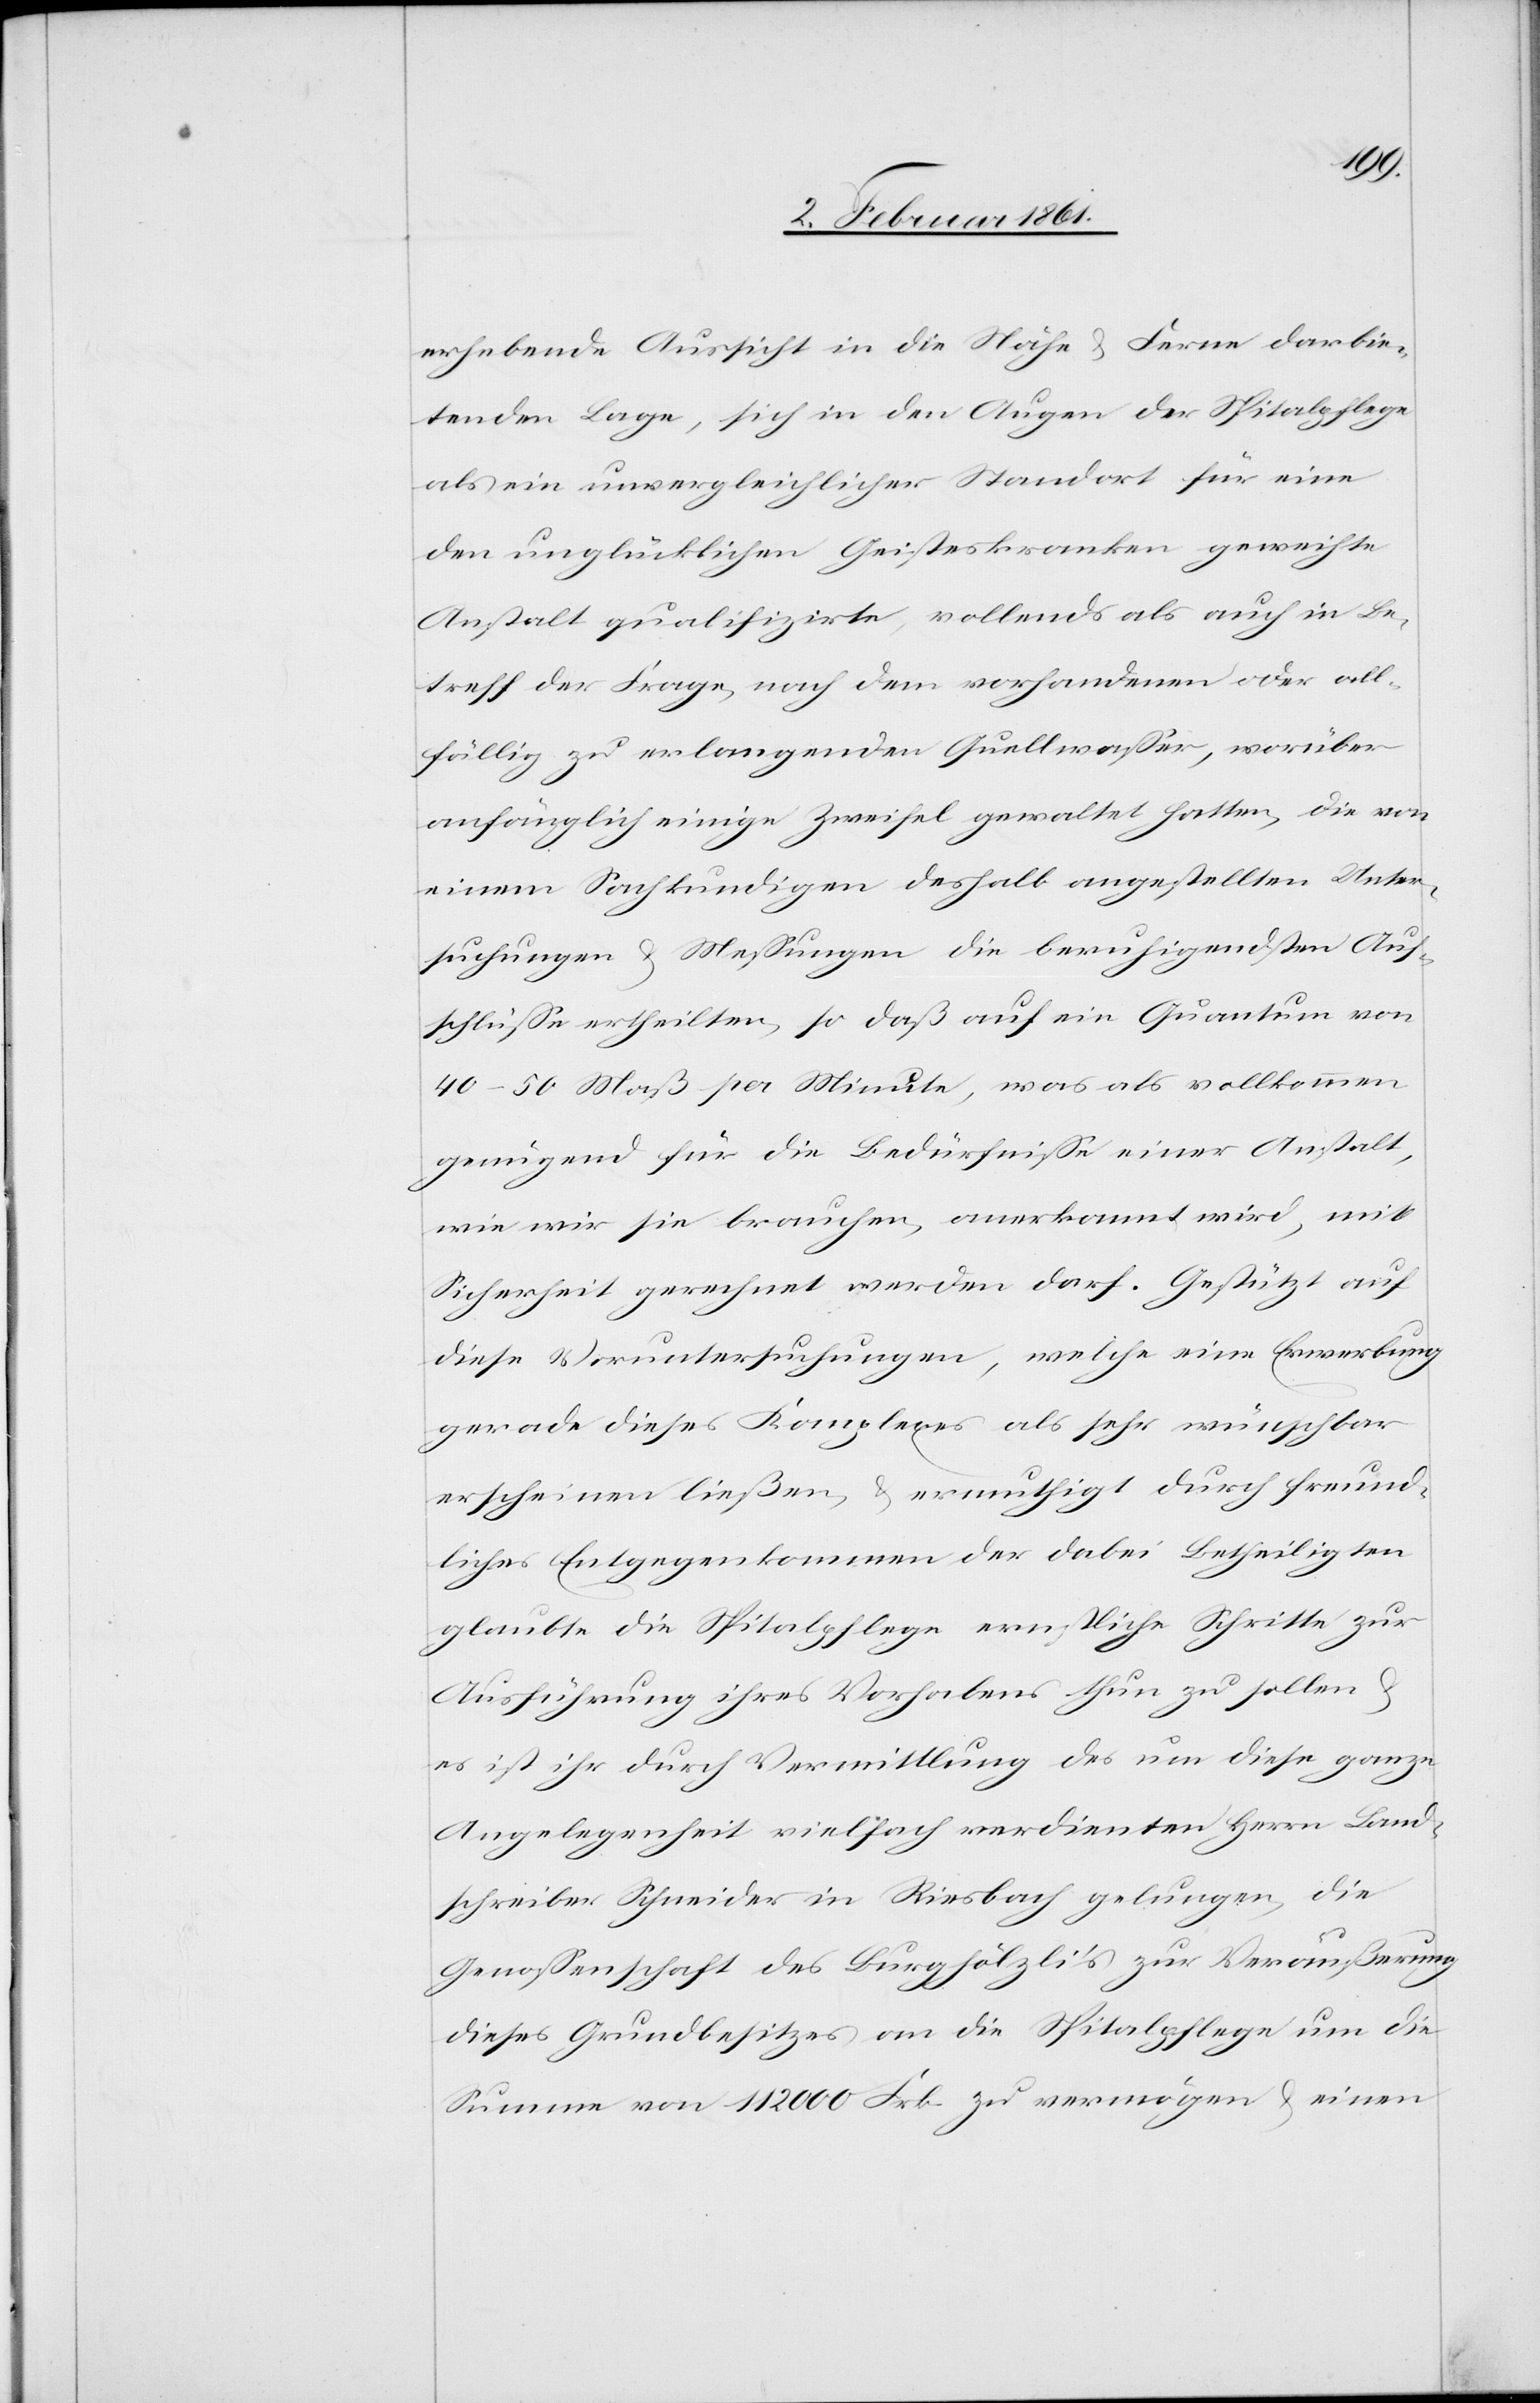
erhebende Aussicht in die Nähe u. Ferne darbie¬
tenden Lage, sich in den Augen der Spitalpflege
als ein unvergleichlicher Standort für einen
den unglücklichen Geisteskranken geweihte
Anstalt qualifizirte, vollends als auch in Be¬
treff der Frage, nach dem vorhandenen oder all¬
fällig zu verlangenden Quellwasser, worüber
anfänglich einige Zweifel gewaltet hatten, die von
einem Sachkundigen deshalb angestellten Unter¬
suchungen u. Messungen die beruhigendsten Auf¬
schlüsse ertheilten, so daß auf ein Quantum von
40–50 Maß per Minute, was als vollkommen
genügend für die Bedürfnisse einer Anstalt,
wie wir sie brauchen, anerkannt wird, mit
Sicherheit gerechnet werden darf. Gestützt auf
diese Voruntersuchungen, welche eine Erwerbung
gerade dieses Komplexes als sehr wünschbar
erscheinen ließen, u. ermuthigt durch freund¬
liches Entgegenkommen der dabei Betheiligten
glaubte die Spitalpflege ernstliche Schritte zur
Ausführung ihres Vorhabens thun zu sollen u.
es ist ihr durch Vermittlung des um diese ganze
Angelegenheit vielfach verdienten Herrn Land¬
schreiber Schneider in Riesbach gelungen, die
Genossenschaft des Burghölzli’s zur Veräußerung
dieses Grundbesitzes an die Spitalpflege um die
Summe von 112 000 Frk. zu vermögen u. einen